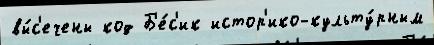
вы́с'ечены код Б'е́с'ик истор'ико-культу́рным